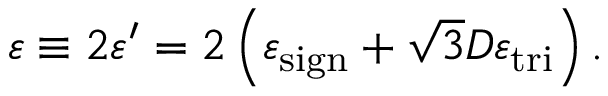
\varepsilon \equiv 2 \varepsilon ^ { \prime } = 2 \left( \varepsilon _ { \mathrm { s i g n } } + \sqrt { 3 } D \varepsilon _ { \mathrm { t r i } } \right) .